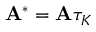
{ \mathbf { A } } ^ { * } = { \mathbf { A } } \tau _ { K }